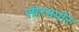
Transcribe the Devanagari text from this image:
सीरमपोर